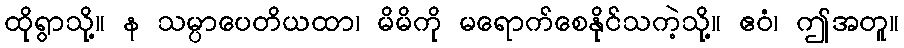
ထိုရွာသို့။ န သမ္ပာပေတိယထာ၊ မိမိကို မရောက်စေနိုင်သကဲ့သို့။ ဧဝံ၊ ဤအတူ။